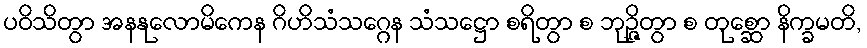
ပဝိသိတွာ အနနုလောမိကေန ဂိဟိသံသဂ္ဂေန သံသဋ္ဌော စရိတွာ စ ဘုဉ္ဇိတွာ စ တုစ္ဆော နိက္ခမတိ,